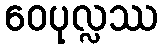
ဝေပုလ္လဿ